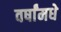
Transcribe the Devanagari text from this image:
वर्षांमधे